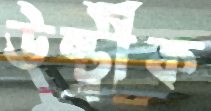
উষ্ট্রীক